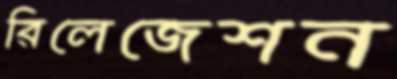
রিলেজেশন